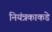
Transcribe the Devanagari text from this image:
नियंत्रकाकडे